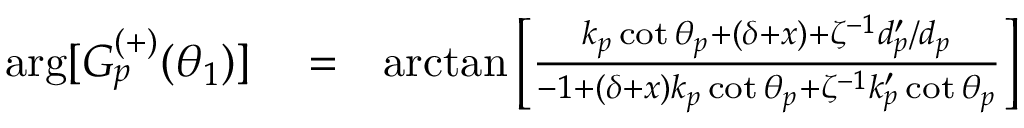
\begin{array} { r l r } { \arg [ G _ { p } ^ { ( + ) } ( \theta _ { 1 } ) ] } & { { } = } & { \arctan \left[ \frac { k _ { p } \cot \theta _ { p } + \left( \delta + x \right) + \zeta ^ { - 1 } d _ { p } ^ { \prime } / d _ { p } } { - 1 + \left( \delta + x \right) k _ { p } \cot \theta _ { p } + \zeta ^ { - 1 } k _ { p } ^ { \prime } \cot \theta _ { p } } \right] } \end{array}